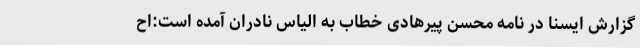
گزارش ایسنا در نامه محسن پیرهادی خطاب به الیاس نادران آمده است:اح